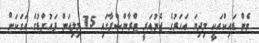
ވެން ޑައިކްއަކީ މިދިޔަ އަހަރުގެ ޖެނުއަރީ ޓްރާންސްފާގައި 75 މިލިއަން ޕައުންޑުގެ އަގަކަށް